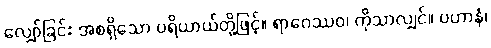
လျှော်ခြင်း အစရှိသော ပရိယာယ်တို့ဖြင့်။ ရာဂေဿဝ၊ ကိုသာလျှင်။ ပဟာနံ၊